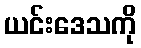
ယင်းဒေသကို